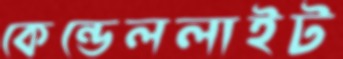
কেন্ডেললাইট